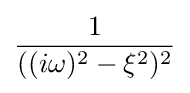
{\frac {1}{((i\omega )^{2}-\xi ^{2})^{2}}}